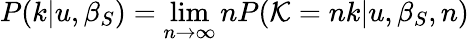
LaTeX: P(k|u,\beta_{S})=\operatorname*{lim}_{n\rightarrow\infty}nP(\mathcal{K}=nk|u,\beta_{S},n)